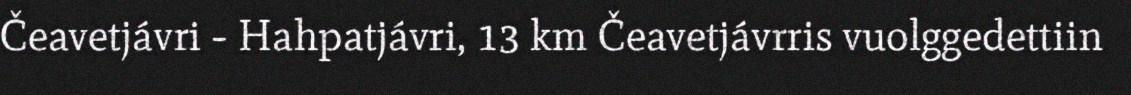
Čeavetjávri - Hahpatjávri, 13 km Čeavetjávrris vuolggedettiin